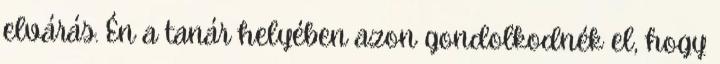
elvárás. Én a tanár helyében azon gondolkodnék el, hogy